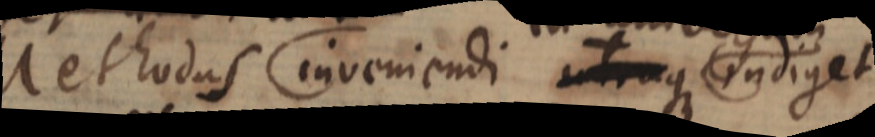
Methodus inveniendi _ indiget